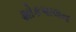
શોકપાલન